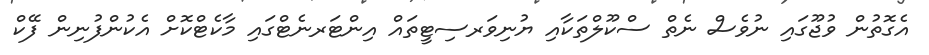
އެގޮތުން ވުޖޫގައި ނުވެސް ނެތް ސްކޫލްތަކާއި ޔުނިވަރސިޓީތައް އިންޓަރނެޓްގައި މާކެޓްކޮށް އެކުންފުނިން ފޭކް